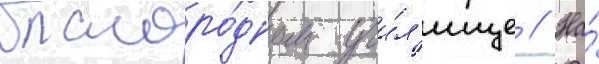
благоро́дном учи́л'ище // На́